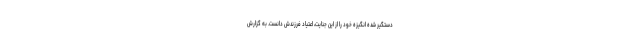
دستگیر شده انگیزه خود را از این جنایت، اعتیاد فرزندش دانست. به گزارش